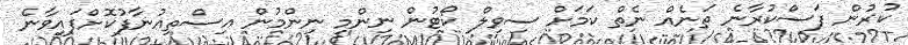
ކުރުން ފަސްކުރާނެ ތަނެއް ނެތް ކަމަށް ސިވިލް ކޯޓުން ނިންމި ނިންމުން އިސްތިއުނާފުކޮށްފައިވާނެ